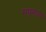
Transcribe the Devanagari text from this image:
मधुमाता